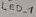
Text: LED-1